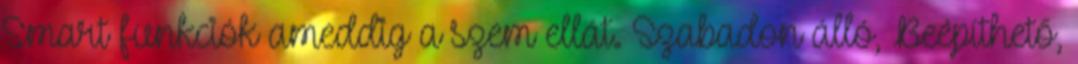
Smart funkciók ameddig a szem ellát. Szabadon álló, Beépíthető,